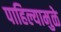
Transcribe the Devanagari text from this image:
पाहिल्यामुळे